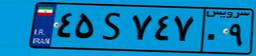
۰۴S۵۷۷۶۳